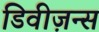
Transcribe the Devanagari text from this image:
डिवीज़न्स